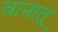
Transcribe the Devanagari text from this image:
वानातू